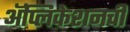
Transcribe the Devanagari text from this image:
अॅप्लिकेशनची